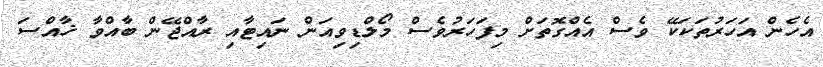
އެހެން އަހަރުތަކަކޭ ވެސް އެއްގޮތަށް މިފަހަރުވެސް މޯލްޑިވިއަން ނައިޓާއި ރާއްޖޭން ބާއްވާ ޚާއްސަ